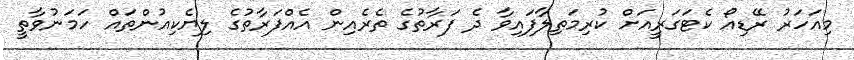
މިއަހަރު ރޭޑިއޯ ކެޓަގަރީއަށް ކުރިމަތިލާފައިވާ ދެ ފަރާތުގެ ތެރެއިން އެއްފަރާތުގެ ލިޔެކިއުންތައް ހަމަނުވާތީ